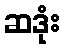
ဆဒုံး